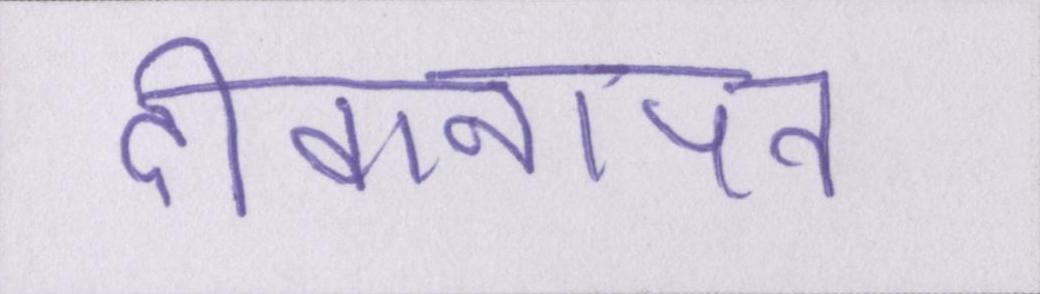
दीवानापन